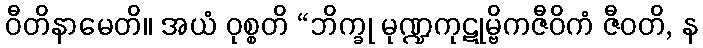
ဝီတိနာမေတိ။ အယံ ဝုစ္စတိ “ဘိက္ခု မုဏ္ဍကုဋုမ္ဗိကဇီဝိကံ ဇီဝတိ, န